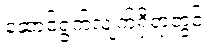
ဆောင်ရွက်လျက်ရှိရာတွင်